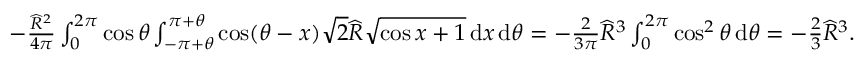
\begin{array} { r } { - \frac { \widehat { R } ^ { 2 } } { 4 \pi } \int _ { 0 } ^ { 2 \pi } \cos \theta \int _ { - \pi + \theta } ^ { \pi + \theta } \cos ( \theta - x ) \sqrt { 2 } \widehat { R } \sqrt { \cos x + 1 } \, { \mathrm { d } } x \, { \mathrm { d } } \theta = - \frac { 2 } { 3 \pi } \widehat { R } ^ { 3 } \int _ { 0 } ^ { 2 \pi } \cos ^ { 2 } \theta \, { \mathrm { d } } \theta = - \frac { 2 } { 3 } \widehat { R } ^ { 3 } . } \end{array}